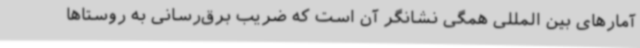
آمارهای بین المللی همگی نشانگر آن است که ضریب برق‌رسانی به روستاها